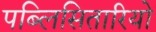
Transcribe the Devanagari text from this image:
पब्लिसितारियो